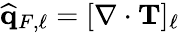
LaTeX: \widehat{\mathbf{q}}_{F,\ell}=[\nabla\cdot\mathbf{T}]_{\ell}